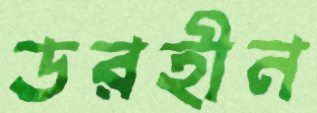
ডরহীন